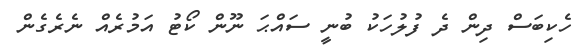
ހެކިބަސް ދިން ދެ ފުލުހަކު ބުނީ ސައްޙަ ނޫން ކޯޓު އަމުރެއް ނެރެގެން